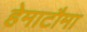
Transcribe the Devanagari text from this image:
हेमाटौमा